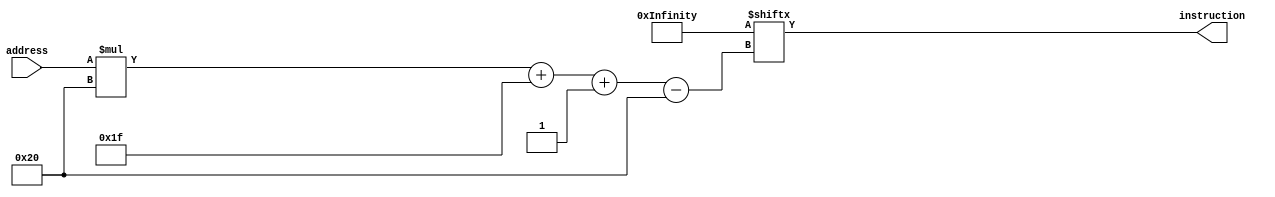
/*
   This file was generated automatically by the Mojo IDE version B1.3.3.
   Do not edit this file directly. Instead edit the original Lucid source.
   This is a temporary file and any changes made to it will be destroyed.
*/

module rom_5 (
    input [31:0] address,
    output reg [31:0] instruction
  );
  
  
  
  integer i;
  
  reg [1151:0] data;
  
  always @* begin
    for (i = 1'h0; i < 36; i = i + 1) begin
      data[(i)*32+31-:32] = 1'h0;
    end
    data[0+31-:32] = 32'hc21f0001;
    data[32+31-:32] = 32'hc2bf000a;
    data[64+31-:32] = 32'hc01f0000;
    data[96+31-:32] = 32'hc29f0000;
    data[128+31-:32] = 32'hc0000001;
    data[160+31-:32] = 32'h97320000;
    data[192+31-:32] = 32'h77590004;
    data[224+31-:32] = 32'hf5080001;
    data[256+31-:32] = 32'he1280001;
    data[288+31-:32] = 32'hc6700001;
    data[320+31-:32] = 32'h77530017;
    data[352+31-:32] = 32'hf6100001;
    data[384+31-:32] = 32'ha1498000;
    data[416+31-:32] = 32'h7b4a0016;
    data[448+31-:32] = 32'hc2310001;
    data[480+31-:32] = 32'hc25f0070;
    data[512+31-:32] = 32'h8e528800;
    data[544+31-:32] = 32'hc252000f;
    data[576+31-:32] = 32'h7748001a;
    data[608+31-:32] = 32'h7755001c;
    data[640+31-:32] = 32'hc6b50001;
    data[672+31-:32] = 32'h775f0002;
    data[704+31-:32] = 32'h775f0016;
    data[736+31-:32] = 32'h7754000c;
    data[768+31-:32] = 32'hf2100001;
    data[800+31-:32] = 32'h775f000c;
    data[832+31-:32] = 32'hc11f0080;
    data[864+31-:32] = 32'h775f0015;
    data[896+31-:32] = 32'hf4280006;
    data[928+31-:32] = 32'h7741001f;
    data[960+31-:32] = 32'h775f0015;
    data[992+31-:32] = 32'hc1080080;
    data[1024+31-:32] = 32'hc2b0000b;
    data[1056+31-:32] = 32'h775f0015;
    instruction = data[(address)*32+31-:32];
  end
endmodule